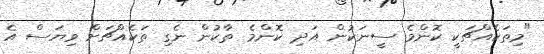
"މިތަކެއްޗަކީ ކޮންމެ ސީނަކުން އަދި ކޮންމެ ތާކުން ނެގި ތަކެއްޗަށް ވިޔަސް އެ